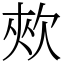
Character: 㰰